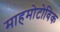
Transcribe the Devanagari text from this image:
माहमोटोविक